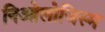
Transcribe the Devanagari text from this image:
निओलोजिस्म